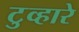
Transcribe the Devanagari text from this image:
टुव्हारे